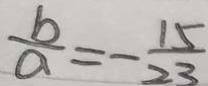
\frac { b } { a } = - \frac { 1 5 } { 2 3 }